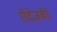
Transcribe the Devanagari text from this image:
रोदेज़की